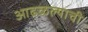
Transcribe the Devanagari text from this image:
आढळल्याची